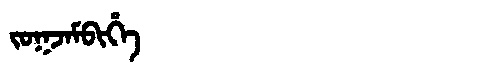
Manchu: ᠵᠣᡴᠵᠠᠮᠪᡳᡥᡝ
Romanization: JOKJAMBIHE